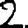
Digit: 2